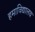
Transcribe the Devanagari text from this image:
हमाविद्यालय